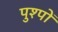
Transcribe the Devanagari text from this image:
पुश्पों